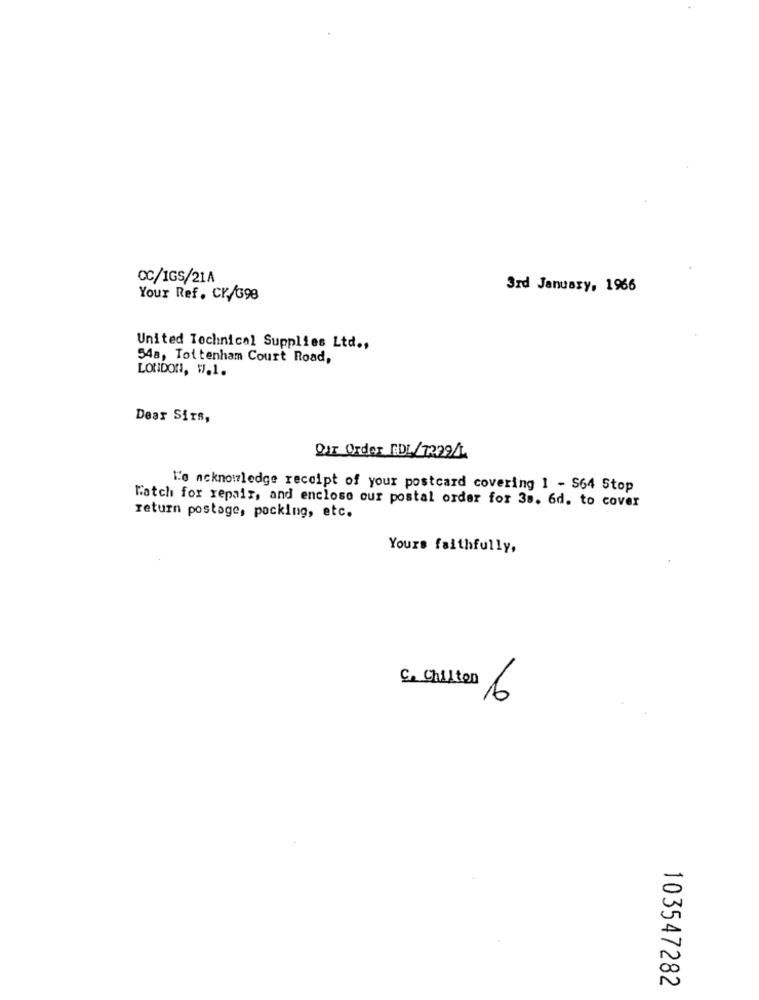
CC/IGS/21A
3rd January, 1966
Your Ref. CK./698
United Technical Supplies Ltd .,
54a, Tottenham Court Road,
LONDON, W.1.
Dear Sirs,
Our Order EDL/7229/4
l'e acknowledge receipt of your postcard covering 1 - S64 Stop
Match for repair, and enclose our postal order for 35. 6d. to cover
return postage, pocking, etc.
Yours faithfully,
c. Chilton
6
103547282